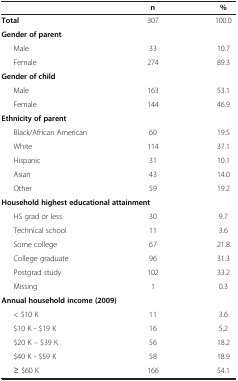
<table><thead><tr><td><b> </b></td><td><b>n</b></td><td><b>%</b></td></tr></thead><tbody><tr><td><b>Total</b></td><td>307</td><td>100.0</td></tr><tr><td><b>Gender of parent</b></td><td> </td><td> </td></tr><tr><td>Male</td><td>33</td><td>10.7</td></tr><tr><td>Female</td><td>274</td><td>89.3</td></tr><tr><td><b>Gender of child</b></td><td> </td><td> </td></tr><tr><td>Male</td><td>163</td><td>53.1</td></tr><tr><td>Female</td><td>144</td><td>46.9</td></tr><tr><td><b>Ethnicity of parent</b></td><td> </td><td> </td></tr><tr><td>Black/African American</td><td>60</td><td>19.5</td></tr><tr><td>White</td><td>114</td><td>37.1</td></tr><tr><td>Hispanic</td><td>31</td><td>10.1</td></tr><tr><td>Asian</td><td>43</td><td>14.0</td></tr><tr><td>Other</td><td>59</td><td>19.2</td></tr><tr><td colspan="3"><b>Household highest educational attainment</b></td></tr><tr><td>HS grad or less</td><td>30</td><td>9.7</td></tr><tr><td>Technical school</td><td>11</td><td>3.6</td></tr><tr><td>Some college</td><td>67</td><td>21.8</td></tr><tr><td>College graduate</td><td>96</td><td>31.3</td></tr><tr><td>Postgrad study</td><td>102</td><td>33.2</td></tr><tr><td>Missing</td><td>1</td><td>0.3</td></tr><tr><td colspan="3"><b>Annual household income (2009)</b></td></tr><tr><td>&lt; $10 K</td><td>11</td><td>3.6</td></tr><tr><td>$10 K - $19 K</td><td>16</td><td>5.2</td></tr><tr><td>$20 K – $39 K</td><td>56</td><td>18.2</td></tr><tr><td>$40 K - $59 K</td><td>58</td><td>18.9</td></tr><tr><td>≥ $60 K</td><td>166</td><td>54.1</td></tr></tbody></table>